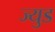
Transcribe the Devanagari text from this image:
ज्युड